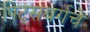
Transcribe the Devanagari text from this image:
पिट्सबर्गचे